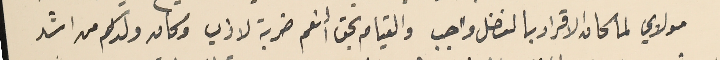
مولاي لما كان الاقرار بالفضل واجب والقيامه بحق النعم ضربة لاذب وكان ولدكم من اشد